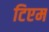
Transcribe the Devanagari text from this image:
टिएम